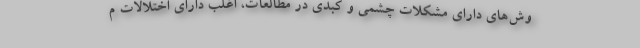
وش‌های دارای مشکلات چشمی و کبدی در مطالعات، اغلب دارای اختلالات م